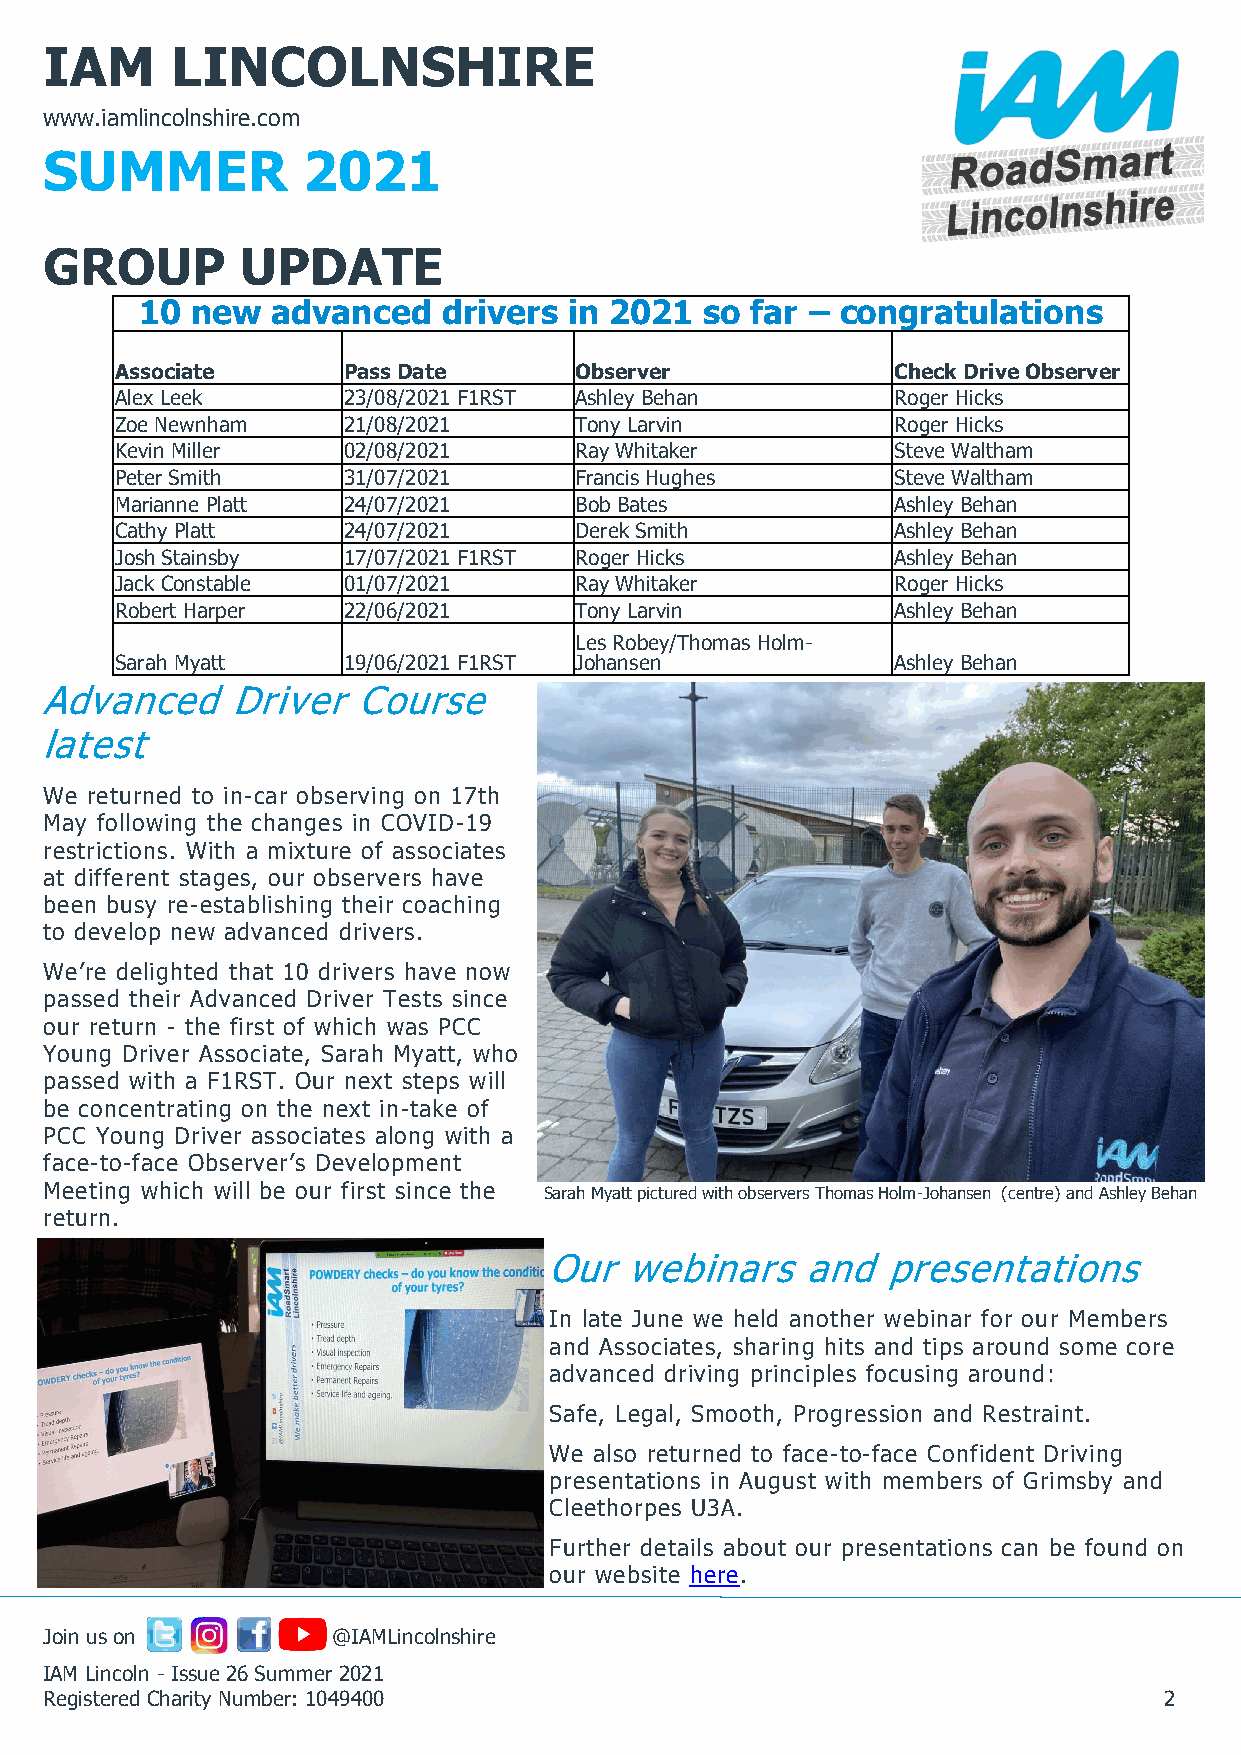
IAM     LINCOLNSHIRE
 www.iamlincolnshire.com
 SUMMER           2021
 GROUP        UPDATE
 10  new  advanced   drivers  in 2021  so far – congratulations
 Associate      Pass Date      Observer             Check Drive Observer
 Alex Leek      23/08/2021 F1RST Ashley Behan       Roger Hicks
 Zoe Newnham    21/08/2021     Tony Larvin          Roger Hicks
 Kevin Miller   02/08/2021     Ray Whitaker         Steve Waltham
 Peter Smith    31/07/2021     Francis Hughes       Steve Waltham
 Marianne Platt 24/07/2021     Bob Bates            Ashley Behan
 Cathy Platt    24/07/2021     Derek Smith          Ashley Behan
 Josh Stainsby  17/07/2021 F1RST Roger Hicks        Ashley Behan
 Jack Constable 01/07/2021     Ray Whitaker         Roger Hicks
 Robert Harper  22/06/2021     Tony Larvin          Ashley Behan
 Les Robey/Thomas Holm-
 Sarah Myatt    19/06/2021 F1RST Johansen           Ashley Behan
 Advanced    Driver   Course
 latest
 We returned to in-car observing on 17th
 May following the changes in COVID-19
 restrictions. With a mixture of associates
 at different stages, our observers have
 been busy re-establishing their coaching
 to develop new advanced drivers.
 We’re delighted that 10 drivers have now
 passed their Advanced Driver Tests since
 our return - the first of which was PCC
 Young Driver Associate, Sarah Myatt, who
 passed with a F1RST. Our next steps will
 be concentrating on the next in-take of
 PCC Young Driver associates along with a
 face-to-face Observer’s Development
 Meeting which will be our first since the Sarah Myatt pictured with observers Thomas Holm-Johansen (centre) and Ashley Behan
 return.
 Our   webinars   and   presentations
 In late June we held another webinar for our Members
 and Associates, sharing hits and tips around some core
 advanced driving principles focusing around:
 Safe, Legal, Smooth, Progression and Restraint.
 We also returned to face-to-face Confident Driving
 presentations in August with members of Grimsby and
 Cleethorpes U3A.
 Further details about our presentations can be found on
 our website here.
 Join us on         @IAMLincolnshire
 IAM Lincoln - Issue 26 Summer 2021
 Registered Charity Number: 1049400                                        2